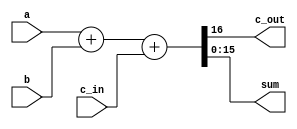
module fullAdder (
    input [15:0] a,
    input [15:0] b,
    input c_in,
    output reg c_out,
    output reg [15:0] sum
);

always @(a or b or c_in) begin
    {c_out, sum} = a + b + c_in;
end
endmodule